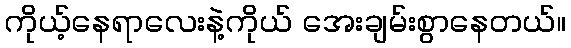
ကိုယ့်နေရာလေးနဲ့ကိုယ် အေးချမ်းစွာနေတယ်။